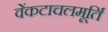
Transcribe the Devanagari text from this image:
वेंकटाचलमूर्ति